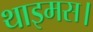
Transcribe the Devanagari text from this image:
थाइमस।